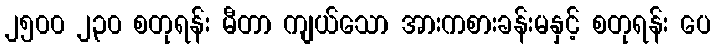
၂၅၀၀ ၂၃၀ စတုရန်း မီတာ ကျယ်သော အားကစားခန်းမနှင့် စတုရန်း ပေ